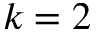
k = 2